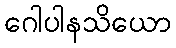
ဂေါပါနသိယော